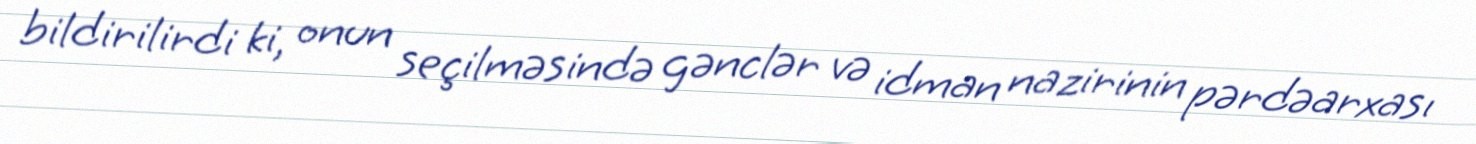
bildirilirdi ki, onun seçilməsində gənclər və idman nazirinin pərdəarxası